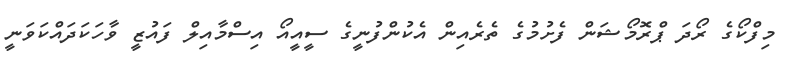
މިފްކޯގެ ރޯދަ ޕްރޮމޯޝަން ފެށުމުގެ ތެރެއިން އެކުންފުނީގެ ސީއީއޯ އިސްމާއިލް ފައުޒީ ވާހަކަދައްކަވަނީ